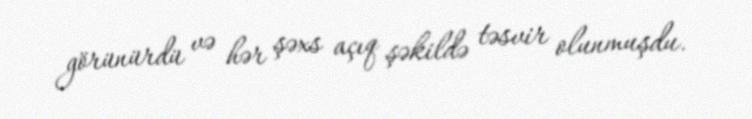
görünürdü və hər şəxs açıq şəkildə təsvir olunmuşdu.